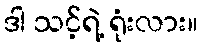
ဒါ သင့်ရဲ့ ရုံးလား။